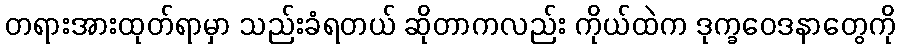
တရားအားထုတ်ရာမှာ သည်းခံရတယ် ဆိုတာကလည်း ကိုယ်ထဲက ဒုက္ခဝေဒနာတွေကို